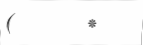
(      *